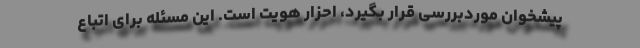
پیشخوان موردبررسی قرار بگیرد، احزار هویت است. این مسئله برای اتباع